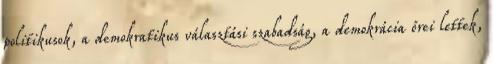
politiku­sok, a demokratikus választási szabadság, a demokrácia ő­re­i lettek,